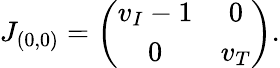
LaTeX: J_{(0,0)}=\left(\begin{array}{cc}{v_{I}-1}&{0}\\ {0}&{v_{T}}\end{array}\right).